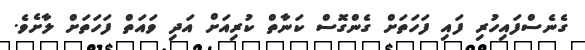
ގެނެސްފައިހުރި ފައި ފަހަތަށް ގެންގޮސް ކަނާތް ކުރިއަށް އަދި ވައަތް ފަހަތަށް ލާށެވެ.